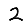
Digit: 2